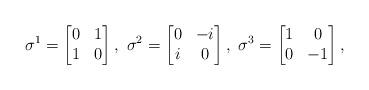
LaTeX: \begin{align*}\sigma^1 = \begin{bmatrix} 0 & 1 \\ 1 & 0 \end{bmatrix}, \ \sigma^2 = \begin{bmatrix} 0 & -i \\ i & 0 \end{bmatrix}, \ \sigma^3=\begin{bmatrix} 1 & 0 \\ 0 & -1 \end{bmatrix},\end{align*}